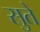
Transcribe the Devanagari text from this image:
सुते